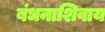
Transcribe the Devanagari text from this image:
बंधनाशिवाय